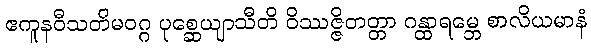
ဧကူနဝီသတိမဝဂ္ဂ ပုစ္ဆေယျာသီတိ ဝိဿဇ္ဇိတတ္တာ ဂန္ထာရမ္ဘေ စာလိယမာနံ